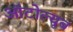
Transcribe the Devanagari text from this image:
ऑटोल्यूब